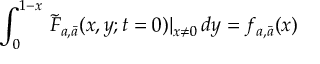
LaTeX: \int _ { 0 } ^ { 1 - x } \, \tilde { F } _ { a , \bar { a } } ( x , y ; t = 0 ) | _ { x \neq 0 } \, d y = f _ { a , \bar { a } } ( x )